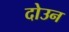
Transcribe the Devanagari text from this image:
दोउन